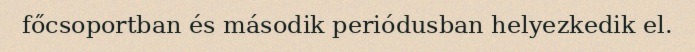
főcsoportban és második periódusban helyezkedik el.